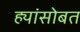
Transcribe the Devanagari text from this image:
ह्यांसोबत